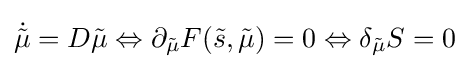
{\dot {\tilde {\mu }}}=D{\tilde {\mu }}\Leftrightarrow \partial _{\tilde {\mu }}F({\tilde {s}},{\tilde {\mu }})=0\Leftrightarrow \delta _{\tilde {\mu }}S=0